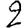
Digit: 2